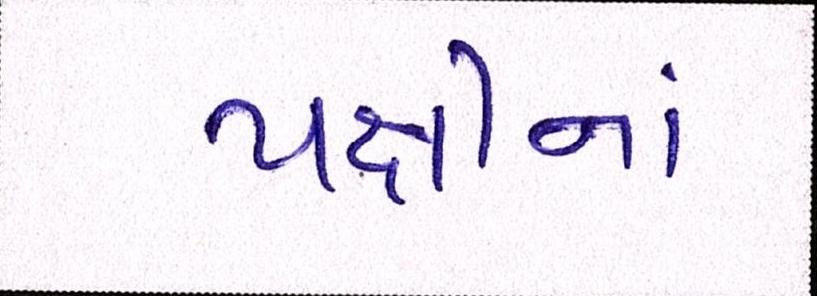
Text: પક્ષીનાં